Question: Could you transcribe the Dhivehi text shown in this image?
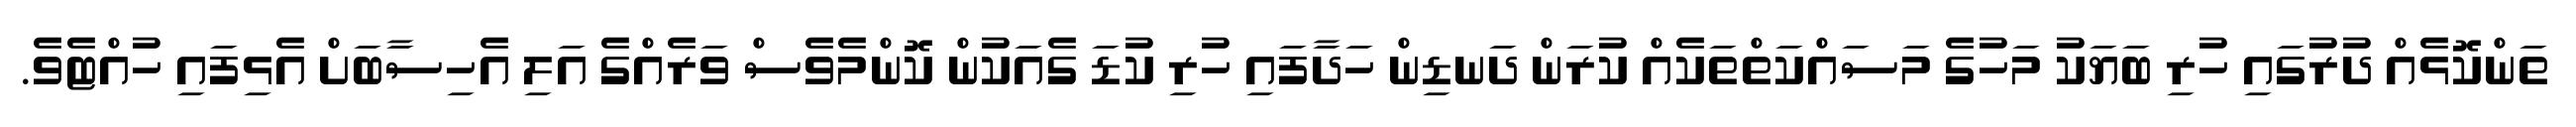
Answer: ތަންކޮޅެއް ދުރުގައި ހުރި ބަޔަކު މަހުގެ މަސައްކަތްތަކެއް ކުރަން ދަނޑިން ހަދާފައި ހުރި ކުޑަ ގެއަކުން ކޮންމެވެސް ވަރެއްގެ އަލި އެހިސާބަށް އެޅިފައި ހުއްޓެވެ.